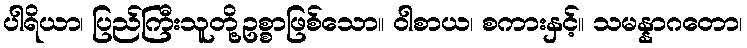
ပါရိယာ၊ ပြည်ကြီးသူတို့ဥစ္စာဖြစ်သော။ ဝါစာယ၊ စကားနှင့်။ သမန္နာဂတော၊